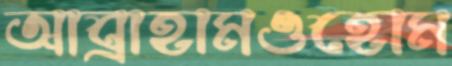
আব্রাহামওহোম